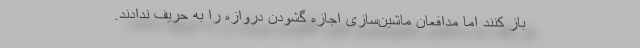
باز کنند اما مدافعان ماشین‌سازی اجازه گشودن دروازه را به حریف ندادند.